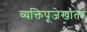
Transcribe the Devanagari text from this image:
व्यक्तिपूजेखातर